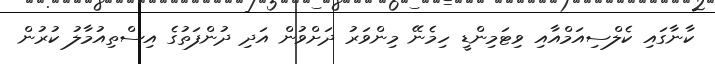
ކާނާގައި ކެލްސިއަމްއާއި ވިޓަމިންޑީ ހިމެނޭ މިންވަރު ދަށްވުން އަދި ދުންފަތުގެ އިސްތިއުމާލު ކުރުން